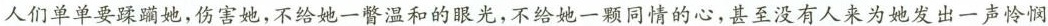
人们单单要蹂躏她，伤害她，不给她一瞥温和的眼光，不给她一颗同情的心，甚至没有人来为她发出一声怜悯